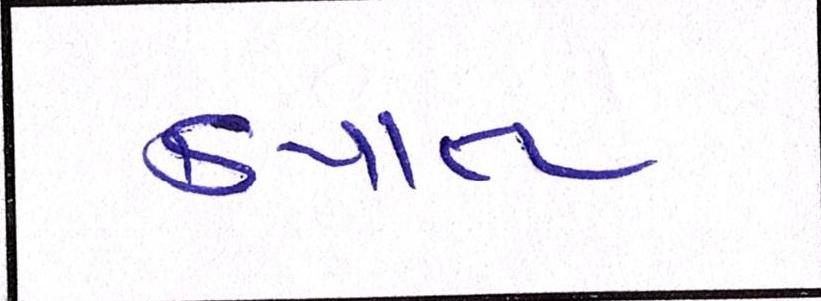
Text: કપાત